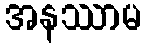
အနဿာမ